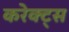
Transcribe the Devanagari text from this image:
करेक्ट्स